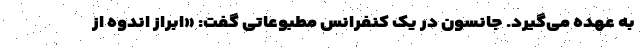
به عهده می‌گیرد. جانسون در یک کنفرانس مطبوعاتی گفت: «ابراز اندوه از